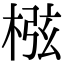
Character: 㭹